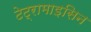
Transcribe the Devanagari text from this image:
टेट्रामाइसिन